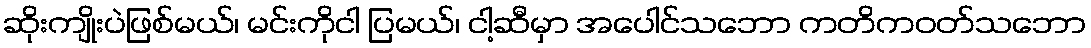
ဆိုးကျိုးပဲဖြစ်မယ်၊ မင်းကိုငါ ပြမယ်၊ ငါ့ဆီမှာ အပေါင်သဘော ကတိကဝတ်သဘော